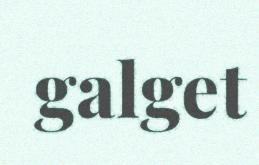
galget